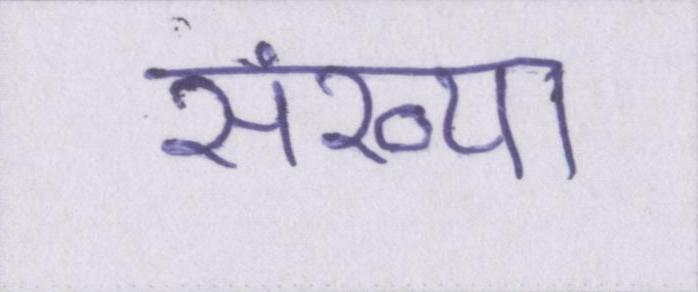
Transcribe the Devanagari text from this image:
संख्या